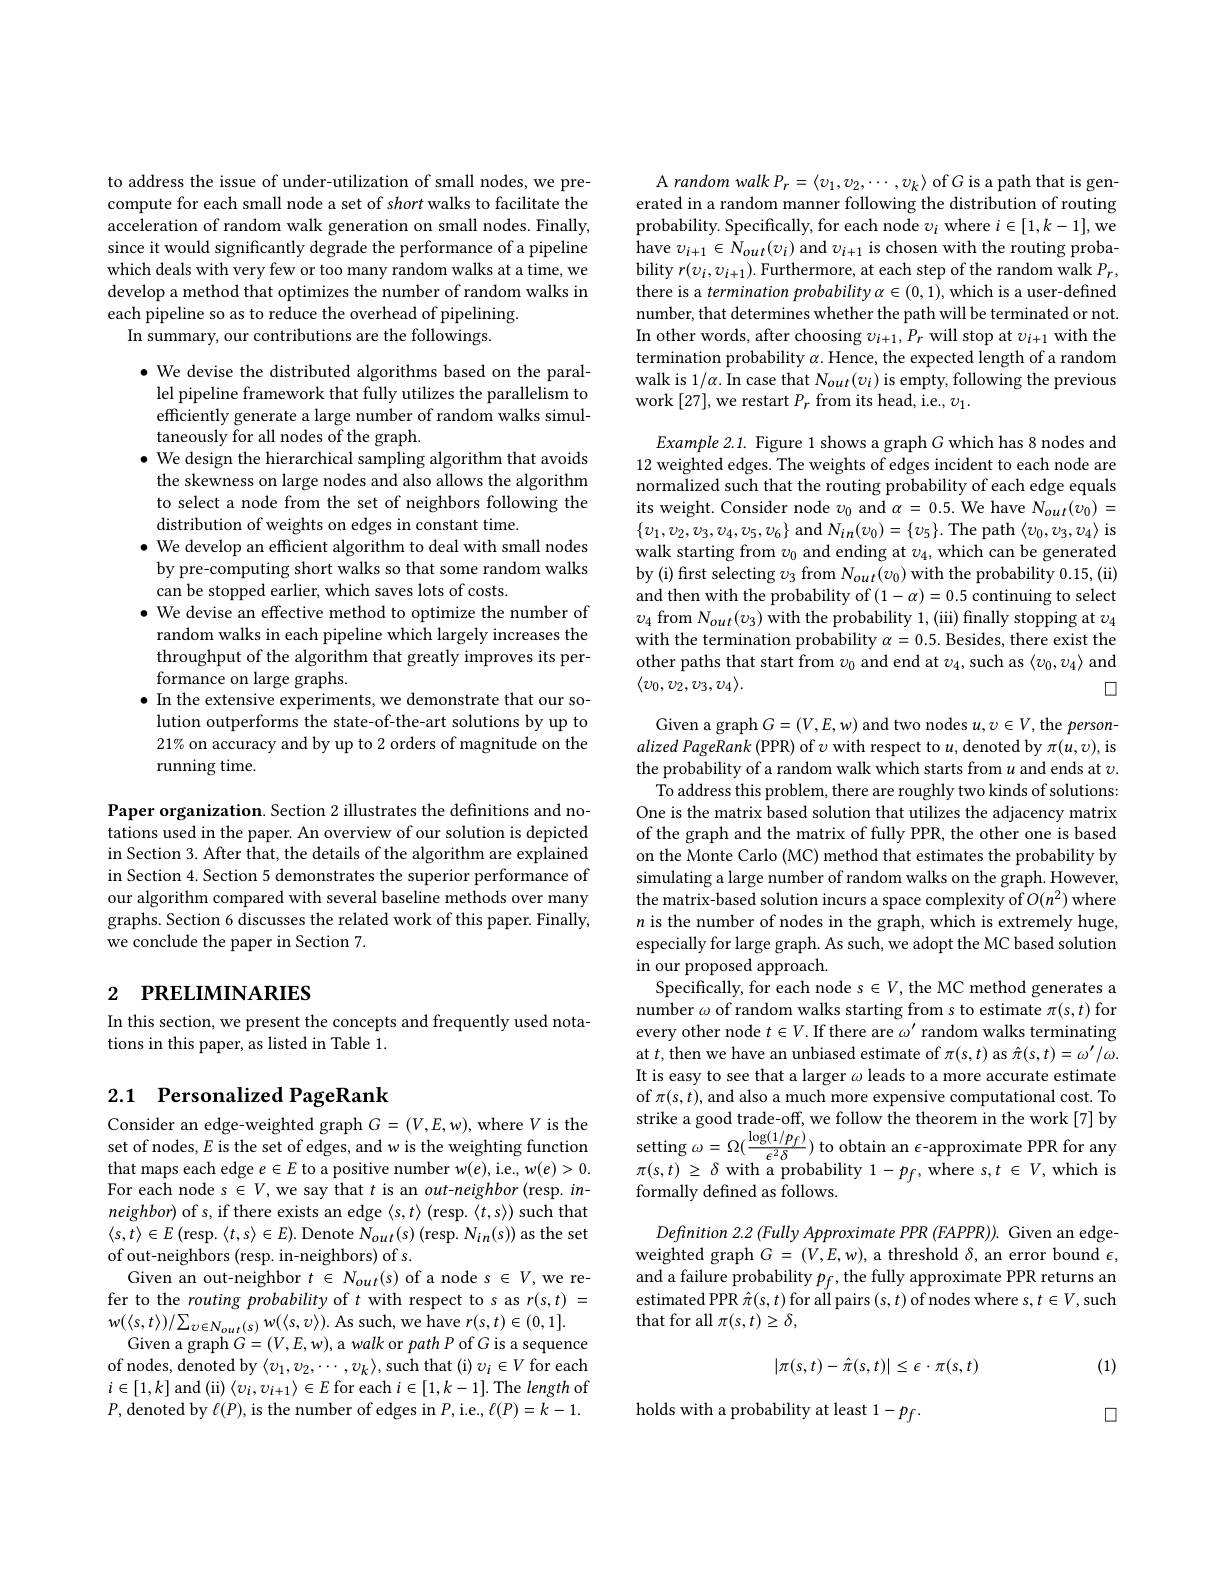
to address the issue of under-utilization of small nodes, we precompute for each small node a set of short walks to facilitate the acceleration of random walk generation on small nodes. Finally, since it would significantly degrade the performance of a pipeline which deals with very few or too many random walks at a time, we develop a method that optimizes the number of random walks in each pipeline so as to reduce the overhead of pipelining.
In summary, our contributions are the followings.

$\bullet$ We devise the distributed algorithms based on the paral-
lel pipeline framework that fully utilizes the parallelism to efficiently generate a large number of random walks simultaneously for all nodes of the graph.
$\bullet$ We design the hierarchical sampling algorithm that avoids the skewness on large nodes and also allows the algorithm to select a node from the set of neighbors following the distribution of weights on edges in constant time.
$\bullet$ We develop an efficient algorithm to deal with small nodes
by pre-computing short walks so that some random walks
can be stopped earlier, which saves lots of costs.
$\bullet$ We devise an effective method to optimize the number of
random walks in each pipeline which largely increases the throughput of the algorithm that greatly improves its performance on large graphs.
$\bullet$ In the extensive experiments, we demonstrate that our solution outperforms the state-of-the-art solutions by up to 21% on accuracy and by up to 2 orders of magnitude on the running time.

Paper organization. Section 2 illustrates the definitions and notations used in the paper. An overview of our solution is depicted in Section 3. After that, the details of the algorithm are explained in Section 4. Section 5 demonstrates the superior performance of our algorithm compared with several baseline methods over many graphs. Section 6 discusses the related work of this paper. Finally, we conclude the paper in Section 7.

# 2 РRELIMINARIES

In this section, we present the concepts and frequently used nota-
tions in this paper, as listed in Table 1.

## 2.1 Personalized PageRank

Consider an edge-weighted graph $G=(V,E,w)$,where $V$ is the set of nodes, $E$ is the set of edges, and w is the weighting function that maps each edge $e\in E$ to a positive number w(e), i.e., w(e)>0. For each node s $\in V$,we say that $t$ is an out-neighbor(resp. in- $neighbor)$ of s, if there exists an edge $\langle s,t\rangle$ (resp. $\langle t,s\rangle)$ such that $\langle s,t\rangle\in E\left(\mathrm{resp.~}\langle t,s\rangle\in E\right).$Denote $N_{out}(s)\left(\mathrm{resp.~}N_{in}(s)\right)$as the set of out-neighbors (resp. in-neighbors) of s.
Given an out-neighbor $t\in N_{out}(s)$ of a node s $\in V$,we refer to the routing probability of $t$ with respect to s as $r(s,t)=$ $w(\langle s,t\rangle)/\sum_{v\in N_{out}(s)}w(\langle s,v\rangle).$ As such, we have $r(s,t)\in(0,1].$
Given a graph $G=(V,E,w)$, a walk or path P of $G$ is a sequence of nodes, denoted by $\langle v_1,v_2,\cdots,v_k\rangle$,such that (i) $v_i\in V$ for each $i\in[1,k]$ and (ii)$\left\langle v_{i},v_{i+1}\right\rangle\in E$ for each $i\in[1,k-1].$ The length of $P$, denoted by $\ell(P)$, is the number of edges in $P$,i.e$,\ell(P)=k-1.$

A random walk $P_r=\langle v_1,v_2,\cdots,v_k\rangle$ of G is a path that is generated in a random manner following the distribution of routing probability. Specifically, for each node $v_i$ where $i\in[1,k-1]$,we have $v_{i+1}\in N_{out}(v_{i})$ and $v_{i+1}$ is chosen with the routing probability $r(v_{i},v_{i+1}).$ Furthermore, at each step of the random walk $P_r$, there is a termination probability $\alpha\in(0,1)$,which is a user-defined number, that determines whether the path will be terminated or not. In other words, after choosing $v_{i+1},P_{r}$ will stop at $v_i+1$ with the termination probability $\alpha.$ Hence, the expected length of a random walk is 1/$\alpha.$ In case that $N_out(v_i)$ is empty, following the previous work [27],we restart $P_r$ from its head, i.e., $v_1.$

Example 2.1. Figure 1 shows a graph G which has 8 nodes and 12 weighted edges. The weights of edges incident to each node are normalized such that the routing probability of each edge equals its weight. Consider node $v_0$ and $\alpha=0.5.$ We have $N_out(v_0)=$ $\{v_{1},v_{2},v_{3},v_{4},v_{5},v_{6}\}$ and $N_in(v_{0})=\{v_{5}\}.$ The path$\langle v_{0},v_{3},v_{4}\rangle$ is walk starting from $v_0$ and ending at $v_4$,which can be generated by (i) first selecting $v_3$ from $N_out(v_0)$ with the probability 0.15,(ii) and then with the probability of $(1-\alpha)=0.5$ continuing to select $\upsilon_{4}$ from $N_out(v_3)$ with the probability 1, (iii) finally stopping at $\upsilon_4$ with the termination probability $\alpha=0.5.$ Besides, there exist the other paths that start from $v_0$ and end at $v_4$,such as $\langle v_0,v_4\rangle$ and $\langle v_0,v_2,v_3,v_4\rangle.$
$\square$

Given a graph $G=(V,E,w)$ and two nodes $u,v\in V$, the $person-$ alized PageRank (PPR) of $\upsilon$ with respect to $u$,denoted by $\pi(u,v)$,is the probability of a random walk which starts from $u$ and ends at $v.$
To address this problem, there are roughly two kinds of solutions: One is the matrix based solution that utilizes the adjacency matrix of the graph and the matrix of fully PPR, the other one is based on the Monte Carlo (MC) method that estimates the probability by simulating a large number of random walks on the graph. However, the matrix-based solution incurs a space complexity of $O(n^2)$ where $n$ is the number of nodes in the graph, which is extremely huge, especially for large graph. As such, we adopt the MC based solution in our proposed approach.
Specifically, for each node $s\in V$, the MC method generates a number $\omega$ of random walks starting from s to estimate $\pi(s,t)$ for every other node $t\in V.$ If there are $\omega^\prime$ random walks terminating at $t$,then we have an unbiased estimate of $\pi(s,t)$ as $\hat{\pi}(s,t)=\omega^\prime/\omega.$ It is easy to see that a larger $\omega$ leads to a more accurate estimate of $\pi(s,t)$, and also a much more expensive computational cost. To strike a good trade- off, we follow the theorem in the work[ 7] by setting $\omega = \Omega ( \frac {\log ( 1/ p_{f}) }{\epsilon ^{2}\delta })$ to obtain an $\epsilon$- approximate PPR for any setting $\omega = \Omega ( \frac {\log ( 1/ p_{f}) }{\epsilon ^{2}\delta })$ to obtain an $\epsilon$- appproximate PPR for any se( a t) $\geq \delta$ with $c$ $\pi(s,t)\geq\delta$ with a probability $1-p_f$, where $s,t\in V$,which is formally defined as follows.

Definition 2.2 (Fully Approximate PPR (FAPPR)). Given an edgeweighted graph $G=(V,E,w)$, a threshold $\delta$, an error bound $\epsilon$, and a failure probability $p_f$, the fully approximate PPR returns an estimated PPR $\hat{\pi}(s,t)$ for all pairs $(s,t)$ of nodes where s$,t\in V$,such that for all $\pi(s,t)\geq\delta$,
$$|\pi(s,t)-\hat{\pi}(s,t)|\leq\epsilon\cdot\pi(s,t)$$
(1)

holds with a probability at least 1-pf

$\square$